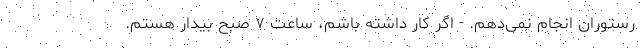
رستوران انجام نمی‌دهم. - اگر کار داشته باشم، ساعت ۷ صبح بیدار هستم.